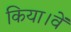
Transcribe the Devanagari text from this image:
किया।वें